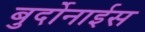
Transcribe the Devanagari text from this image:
बुर्दोनाईस